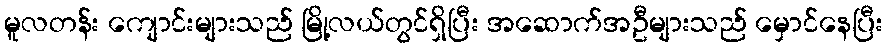
မူလတန်း ကျောင်းများသည် မြို့လယ်တွင်ရှိပြီး အဆောက်အဦများသည် မှောင်နေပြီး